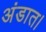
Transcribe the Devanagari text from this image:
अंडात।